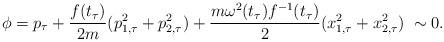
LaTeX: \begin{align*} \phi = p_\tau + \frac{f(t_\tau)}{2m}(p_{1,\tau}^2 + p_{2,\tau}^2) + \frac{m\omega^2(t_\tau)f^{-1}(t_\tau)}{2} (x_{1,\tau}^2 + x_{2,\tau}^2)\; \sim 0.\end{align*}